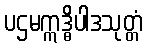
ပဌမဣဒ္ဓိပါဒသုတ္တံ